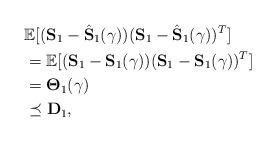
LaTeX: \begin{align*}&\mathbb{E}[(\mathbf{S}_1-\hat{\mathbf{S}}_1(\gamma))(\mathbf{S}_1-\hat{\mathbf{S}}_1(\gamma))^T]\\&=\mathbb{E}[(\mathbf{S}_1-\mathbf{S}_1(\gamma))(\mathbf{S}_1-\mathbf{S}_1(\gamma))^T]\\&=\mathbf{\Theta}_{1}(\gamma)\\&\preceq\mathbf{D}_1,\end{align*}